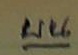
บน